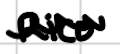
Text: Rico
Cross-out: wave
Writing tool: digital_black